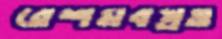
রেশমবস্ত্রও